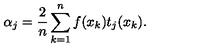
\alpha _ { j } = \frac { 2 } { n } \sum _ { k = 1 } ^ { n } f ( x _ { k } ) t _ { j } ( x _ { k } ) .